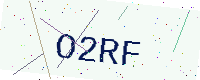
Text: O2RF